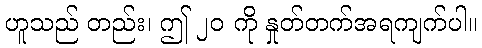
ဟူသည် တည်း၊ ဤ ၂၀ ကို နှုတ်တက်အရကျက်ပါ။